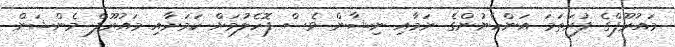
މައުރޫފްގެ ފުރަތަމަ އަންހެނުންގެ ނަމާއި ނިޝާން ވެސް ފޮހެލުމަށް ކަމަށާއި މައުރޫފް މެންޝަން